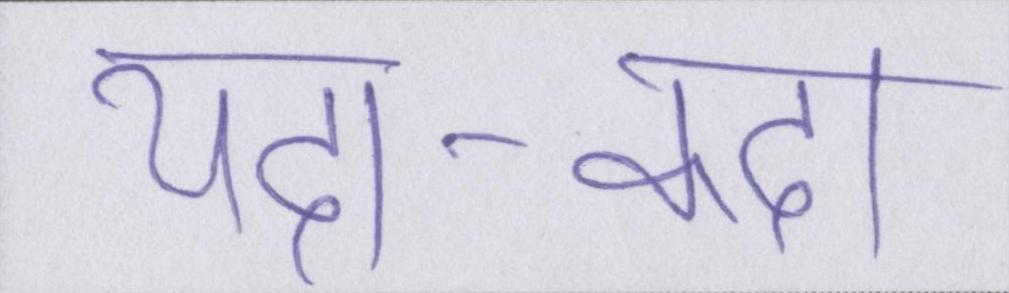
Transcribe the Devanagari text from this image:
यदा-कदा